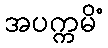
အပက္ကမိံ